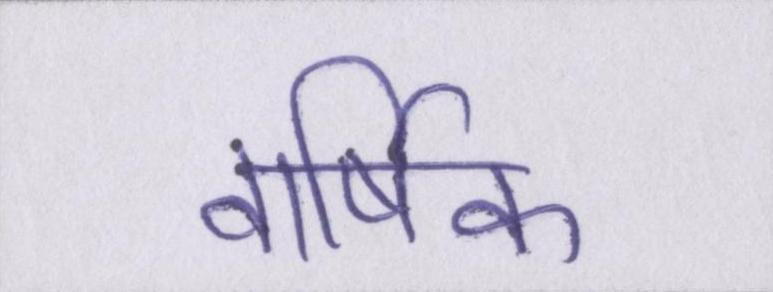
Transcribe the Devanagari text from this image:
वार्षिक